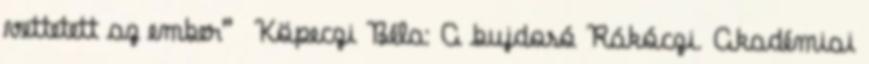
vettetett az ember” Köpeczi Béla: A bujdosó Rákóczi. Akadémiai